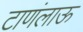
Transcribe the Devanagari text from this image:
टाणंलाऊ